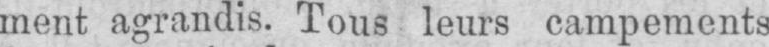
ment agrandis. Tous leurs campements